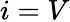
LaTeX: i=V